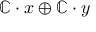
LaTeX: \mathbb { C } \cdot x \oplus \mathbb { C } \cdot y